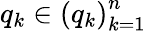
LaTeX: q_{k}\in\left(q_{k}\right)_{k=1}^{n}